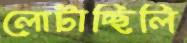
লোটাচ্ছিলি